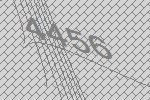
4456